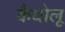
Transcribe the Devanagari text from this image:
कैथोलू